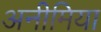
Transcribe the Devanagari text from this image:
अनीमिया